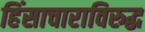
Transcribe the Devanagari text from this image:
हिंसाचाराविरुद्ध